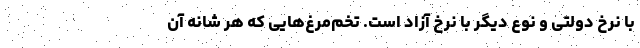
با نرخ دولتی و نوع دیگر با نرخ آزاد است. تخم‌مرغ‌هایی که هر شانه آن